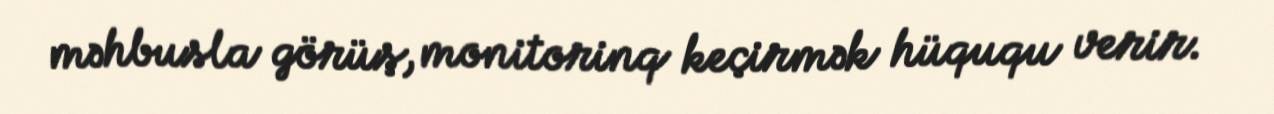
məhbusla görüş, monitorinq keçirmək hüququ verir.